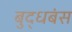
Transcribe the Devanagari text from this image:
बुद्धबंस